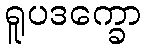
ရူပဒက္ခော